Report on vaccination in the Province of Bengal - 1869-1873
Year: 1869
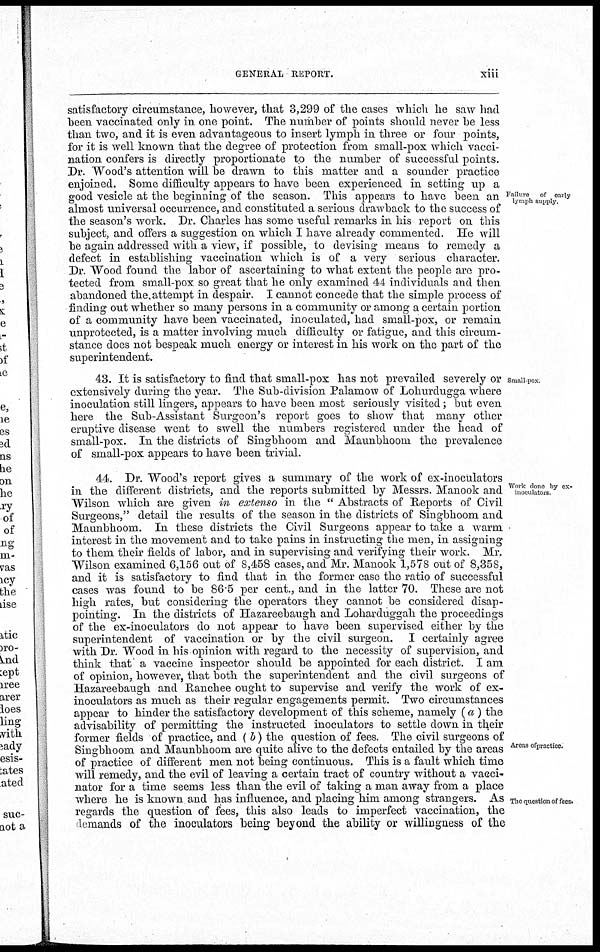
GENERAL REPORT.
xiii
Failure of carly
lymph supply.
satisfactory circumstance, however, that 3,299 of the cases which he saw had
been vaccinated only in one point. The number of points should never be less
than two, and it is even advantageous to insert lymph in three or four points,
for it is well known that the degree of protection from small-pox which vacci-
nation confers is directly proportionate to the number of successful points.
Dr. Wood's attention will be drawn to this matter and a sounder practice
enjoined. Some difficulty appears to have been experienced in setting up a
good vesicle at the beginning of the season. This appears to have been an
almost universal occurrence, and constituted a serious drawback to the success of
the season's work. Dr. Charles has some useful remarks in his report on this
subject, and offers a suggestion on which I have already commented. He will
be again addressed with a view, if possible, to devising means to remedy a
defect in establishing vaccination which is of a very serious character.
Dr. Wood found the labor of ascertaining to what extent the people are pro-
tected from small-pox so great that he only examined 44 individuals and then
abandoned the attempt in despair. I cannot concede that the simple process of
finding out whether so many persons in a community or among a certain portion
of a community have been vaccinated, inoculated, had small-pox, or remain
unprotected, is a matter involving much difficulty or fatigue, and this circum-
stance does not bespeak much energy or interest in his work on the part of the
superintendent.
Small-pox
43. It is satisfactory to find that small-pox has not prevailed severely or
extensively during the year. The Sub-division Palamow of Lohurdugga where
inoculation still lingers, appears to have been most seriously visited; but even
here the Sub-Assistant Surgeon's report goes to show that many other
eruptive disease went to swell the numbers registered under the head of
small-pox. In the districts of Singbhoom and Maunbhoom the prevalence
of small-pox appears to have been trivial.
Work done by ex-
moculators.
Areas ofpractice.
The question of fees.
44. Dr. Wood's report gives a summary of the work of ex-inoculators
in the different districts, and the reports submitted by Messrs. Manook and
Wilson which are given in extenso in the " Abstracts of Reports of Civil
Surgeons," detail the results of the season in the districts of Singbhoom and
Maunbhoom. In these districts the Civil Surgeons appear to take a warm
interest in the movement and to take pains in instructing the men, in assigning
to them their fields of labor, and in supervising and verifying their work. Mr.
Wilson examined 6,156 out of 8,458 cases, and Mr. Manook 1,578 out of 8,358,
and it is satisfactory to find that in the former case the ratio of successful
cases was found to be 86.5 per cent., and in the latter 70. These are not
high rates, but considering the operators they cannot be considered disap-
pointing. In the districts of Hazareebaugh and Loharduggah the proceedings
of the ex-inoculators do not appear to have been supervised either by the
superintendent of vaccination or by the civil surgeon. I certainly agree
with Dr. Wood in his opinion with regard to the necessity of supervision, and
think that a vaccine inspector should be appointed for each district. I am
of opinion, however, that both the superintendent and the civil surgeons of
Hazareebaugh and Ranchee ought to supervise and verify the work of ex-
inoculators as much as their regular engagements permit. Two circumstances
appear to hinder the satisfactory development of this scheme, namely (a) the
advisability of permitting the instructed inoculators to settle down in their
former fields of practice, and ( b) the question of fees. The civil surgeons of
Singbhoom and Maunbhoom are quite alive to the defects entailed by the areas
of practice of different men not being continuous. This is a fault which time
will remedy, and the evil of leaving a certain tract of country without a vacci-
nator for a time seems less than the evil of taking a man away from a place
where he is known and has influence, and placing him among strangers. As
regards the question of fees, this also leads to imperfect vaccination, the
demands of the inoculators being beyond the ability or willingness of the